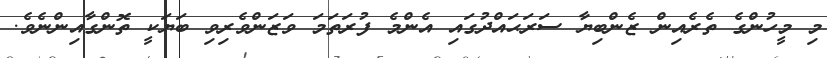
މި މީހުންގެ ތެރެއިން ޒެންބިޔާ ސަރަޙައްދުގައި އެންމެ ފުރަތަމަ ވަޒަންވެރިވި ބަޔަކީ ތޮންގާއިންނެވެ.